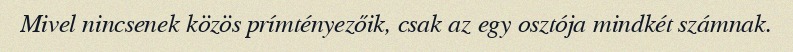
Mivel nincsenek közös prímtényezőik, csak az egy osztója mindkét számnak.